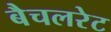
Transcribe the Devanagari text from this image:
बैचलरेट